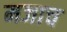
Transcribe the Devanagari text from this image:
मजाच